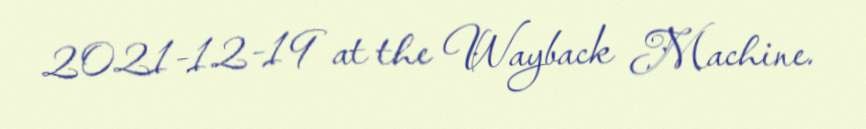
2021-12-19 at the Wayback Machine.